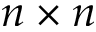
n \times n